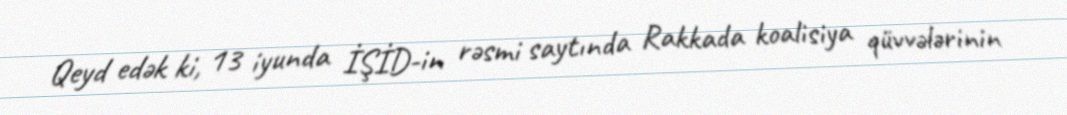
Qeyd edək ki, 13 iyunda İŞİD-in rəsmi saytında Rakkada koalisiya qüvvələrinin